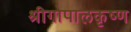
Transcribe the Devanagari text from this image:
श्रीगोपालकृष्ण